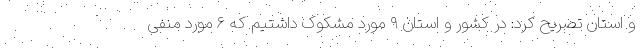
و استان تصریح کرد: در کشور و استان ۹ مورد مشکوک داشتیم که ۶ مورد منفی